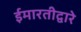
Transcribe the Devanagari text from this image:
ईमारतीद्वारे